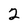
Character: 2